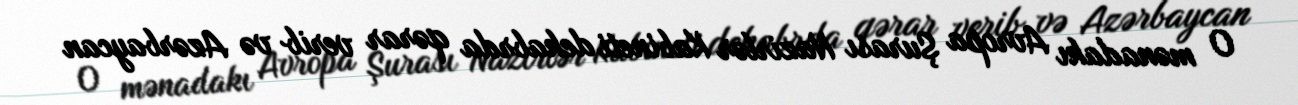
O mənadakı Avropa Şurası Nazirlər Kabineti dekabrda qərar verib və Azərbaycan